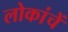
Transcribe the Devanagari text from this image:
लोकांचें